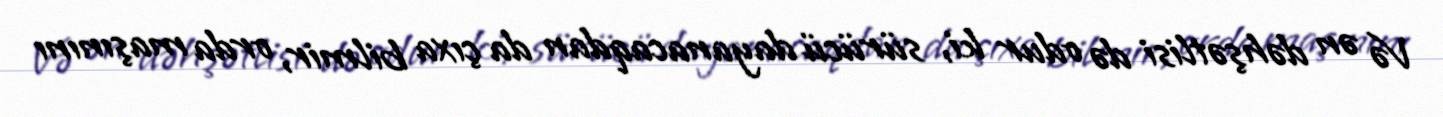
Və ən dəhşətlisi də odur ki, sürücü dayanacaqdan da çıxa bilmir, orda maşınını